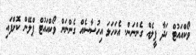
ވޯކްއައުޓް ހަދާ ފީލެއް ގެންނަން. އެކަހަލަ އިހުސާސެއް ގެންނަން ވޯކްއައުޓް ޕްލޭން ކޮށްފައި